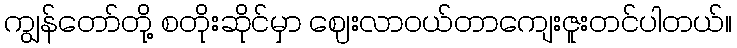
ကျွန်တော်တို့ စတိုးဆိုင်မှာ ဈေးလာဝယ်တာကျေးဇူးတင်ပါတယ်။